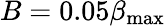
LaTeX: B=0.05\beta_{\mathrm{max}}